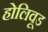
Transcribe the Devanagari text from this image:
होलिवूड